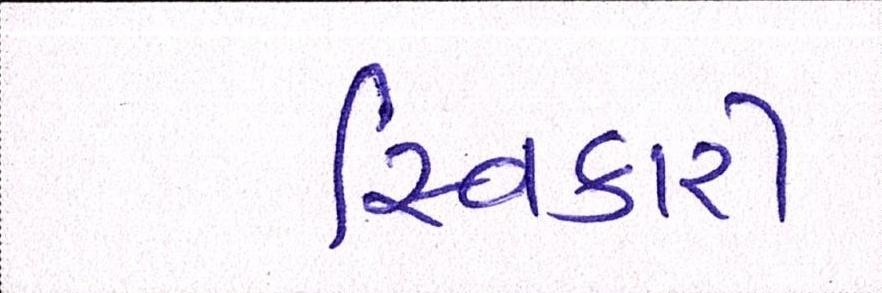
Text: સ્વિકારી